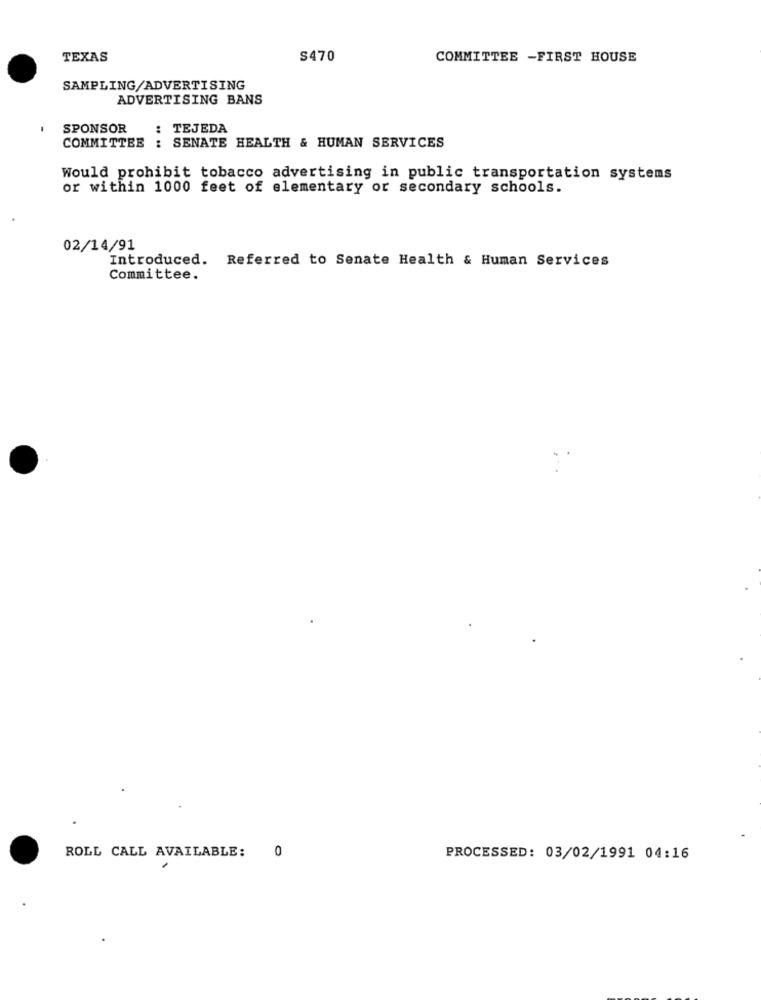
TEXAS
S470
COMMITTEE -FIRST HOUSE
SAMPLING/ADVERTISING
ADVERTISING BANS
SPONSOR
: TEJEDA
COMMITTEE : SENATE HEALTH & HUMAN SERVICES
Would prohibit tobacco advertising in public transportation systems
or within 1000 feet of elementary or secondary schools.
02/14/91
Introduced. Referred to Senate Health & Human Services
Committee.
ROLL CALL AVAILABLE: 0
PROCESSED: 03/02/1991 04:16